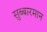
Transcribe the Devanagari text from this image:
सुब्बारमान